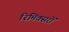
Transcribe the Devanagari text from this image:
रिमिक्सरों